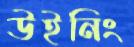
উইনিং